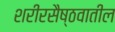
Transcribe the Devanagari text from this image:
शरीरसैष्ठवातील